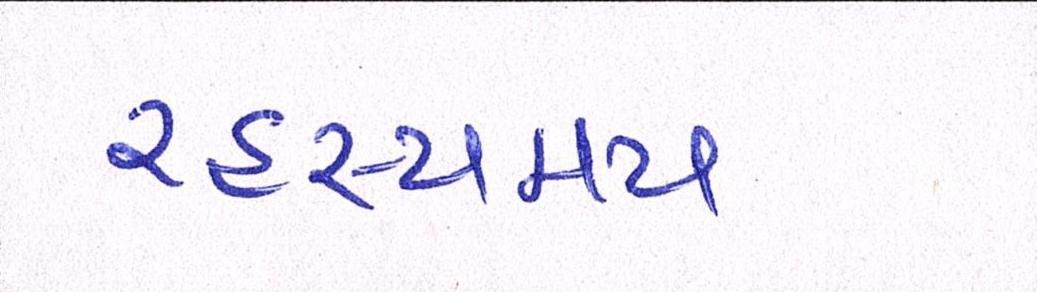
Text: રહસ્યમય